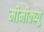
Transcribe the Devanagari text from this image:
मीमीक्य्यू